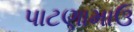
પાટણામાઉ